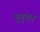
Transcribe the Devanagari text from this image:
भृगुदेव